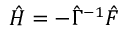
\hat { H } = - \hat { \Gamma } ^ { - 1 } \hat { F }